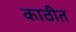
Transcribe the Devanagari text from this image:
काठीत